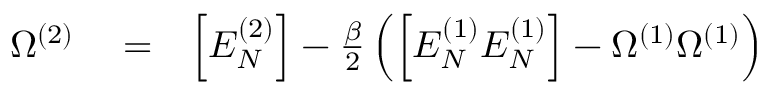
\begin{array} { r l r } { \Omega ^ { ( 2 ) } } & { { } = } & { \Big [ E _ { N } ^ { ( 2 ) } \Big ] - \frac { \beta } { 2 } \left( \Big [ E _ { N } ^ { ( 1 ) } E _ { N } ^ { ( 1 ) } \Big ] - \Omega ^ { ( 1 ) } \Omega ^ { ( 1 ) } \right) } \end{array}